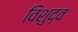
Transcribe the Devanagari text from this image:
विशुद्व